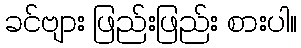
ခင်ဗျား ဖြည်းဖြည်း စားပါ။